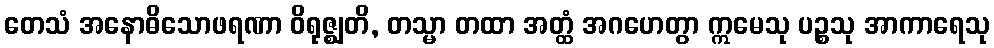
တေသံ အနောဓိသောဖရဏာ ဝိရုဇ္ဈတိ, တသ္မာ တထာ အတ္ထံ အဂဟေတွာ ဣမေသု ပဉ္စသု အာကာရေသု